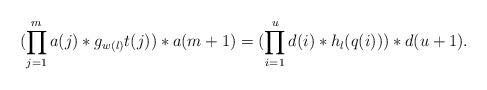
LaTeX: \begin{align*}(\prod_{j=1}^m a(j) \ast g_{w(l)}t(j)) \ast a(m+1)= (\prod_{i=1}^u d(i) \ast h_l(q(i))) \ast d(u+1).\end{align*}